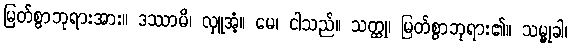
မြတ်စွာဘုရားအား။ ဒဿာမိ၊ လှူအံ့။ မေ၊ ငါသည်။ သတ္ထု၊ မြတ်စွာဘုရား၏။ သမ္မုခါ၊